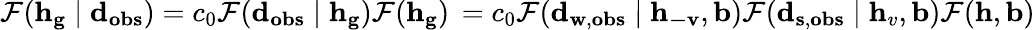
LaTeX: \mathcal{F}(\mathbf{{h}}_{\mathbf{{g}}}\mid\mathbf{{d}}_{\mathbf{{obs}}})=c_{0}\mathcal{F}(\mathbf{{d}}_{\mathbf{{obs}}}\mid\mathbf{{h}}_{\mathbf{{g}}})\mathcal{F}(\mathbf{{h}}_{\mathbf{{g}}})\, =c_{0}\mathcal{F}(\mathbf{{d}}_{\mathbf{{w}},\mathbf{{obs}}}\mid\mathbf{{h}}_{\mathbf{{-v}}},\mathbf{{b}})\mathcal{F}(\mathbf{{d}}_{\mathbf{{s}},\mathbf{{obs}}}\mid\mathbf{{h}}_{v},\mathbf{{b}})\mathcal{F}(\mathbf{{h}},\mathbf{{b}})